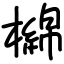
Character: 檰